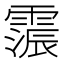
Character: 𮦩